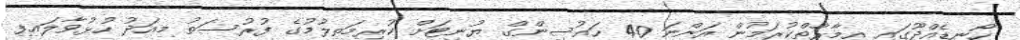
ހޯނޑެއްދޫގައި އިމާރާތްކުރަމުން އަންނަ 40 ހައުސިންގް ޔުނިޓަށް ކުރިމަތިލުމުގެ ފުރުސަތު މިއަދު ހުޅުވާލައިފި